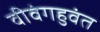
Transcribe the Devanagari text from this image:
वीवंगहुवंत